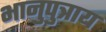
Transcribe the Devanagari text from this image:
भानुपुत्राय